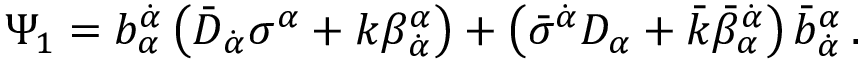
\Psi _ { 1 } = b _ { \alpha } ^ { \dot { \alpha } } \left( \bar { D } _ { \dot { \alpha } } \sigma ^ { \alpha } + k \beta _ { \dot { \alpha } } ^ { \alpha } \right) + \left( \bar { \sigma } ^ { \dot { \alpha } } D _ { \alpha } + \bar { k } \bar { \beta } _ { \alpha } ^ { \dot { \alpha } } \right) \bar { b } _ { \dot { \alpha } } ^ { \alpha } \, .